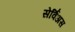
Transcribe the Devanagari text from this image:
सेर्विअस